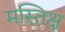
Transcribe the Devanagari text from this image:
मस्तिक्ष